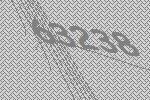
63238